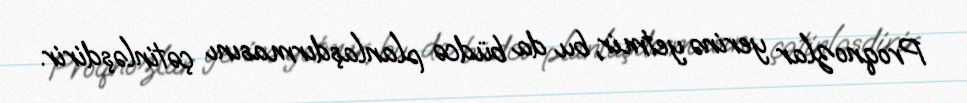
Proqnozlar yerinə yetmir, bu da büdcə planlaşdırmasını çətinləşdirir.